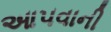
આ૫વાની